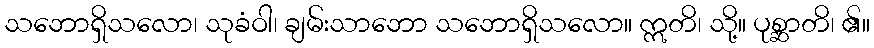
သဘောရှိသလော၊ သုခံဝါ၊ ချမ်းသာဘော သဘောရှိသလော။ ဣတိ၊ သို့။ ပုစ္ဆာတိ၊ ၏။